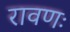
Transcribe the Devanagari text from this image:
रावणः